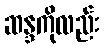
ဆန္ဒကိုလည်း